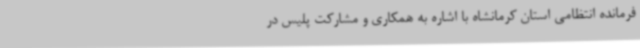
فرمانده انتظامی استان کرمانشاه با اشاره به همکاری و مشارکت پلیس در